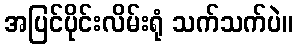
အပြင်ပိုင်းလိမ်းရုံ သက်သက်ပဲ။